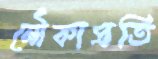
নৌকাপ্রতি